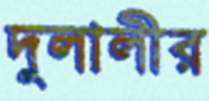
দুলালীর